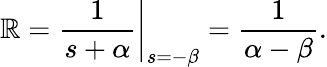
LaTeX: \mathbb{R}=\left.{\frac{{1}}{{s+\alpha}}}\right|_{s=-\beta}={\frac{{1}}{{\alpha-\beta}}}.